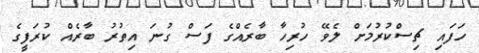
ހަފައި ޗިސްކުރުމަށް ލެވޭ ހުރިހާ ބާރެއްގެ ފަސް ގުނަ އިތުރު ބާރެއް ކުރަފީގެ